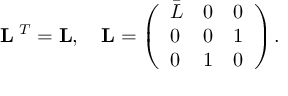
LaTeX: { \bf \Omega } { \bf L } { \bf \Omega } ^ { T } = { \bf L } , \ \ \ { \bf L } = \left( \begin{array} { l l l } { { \bar { L } } } & { { 0 } } & { { 0 } } \\ { { 0 } } & { { 0 } } & { { 1 } } \\ { { 0 } } & { { 1 } } & { { 0 } } \end{array} \right) .